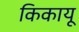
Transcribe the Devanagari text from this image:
किकायू